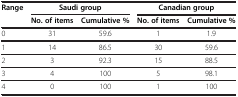
<table><thead><tr><td><b>Range</b></td><td colspan="2"><b>Saudi group</b></td><td colspan="2"><b>Canadian group</b></td></tr><tr><td><b> </b></td><td><b>No. of items</b></td><td><b>Cumulative %</b></td><td><b>No. of items</b></td><td><b>Cumulative %</b></td></tr></thead><tbody><tr><td>0</td><td>31</td><td>59.6</td><td>1</td><td>1.9</td></tr><tr><td>1</td><td>14</td><td>86.5</td><td>30</td><td>59.6</td></tr><tr><td>2</td><td>3</td><td>92.3</td><td>15</td><td>88.5</td></tr><tr><td>3</td><td>4</td><td>100</td><td>5</td><td>98.1</td></tr><tr><td>4</td><td>0</td><td>100</td><td>1</td><td>100</td></tr></tbody></table>